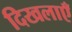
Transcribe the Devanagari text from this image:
दिखलाएँ